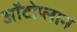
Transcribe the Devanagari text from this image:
ऑटोप्लान